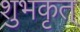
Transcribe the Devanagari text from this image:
शुभकृत्